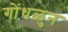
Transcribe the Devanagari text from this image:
गोंधळुन